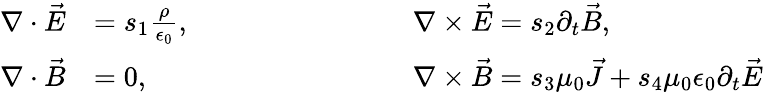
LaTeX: \begin{array}{rlrl}{\nabla\cdot\vec{E}}&{=s_{1}\frac{\rho}{\epsilon_{0}},\qquad\qquad\qquad}&&{\nabla\times\vec{E}=s_{2}\partial_{t}\vec{B},}\\ {\nabla\cdot\vec{B}}&{=0,}&&{\nabla\times\vec{B}=s_{3}\mu_{0}\vec{J}+s_{4}\mu_{0}\epsilon_{0}\partial_{t}\vec{E}}\end{array}